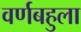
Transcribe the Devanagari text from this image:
वर्णबहुला